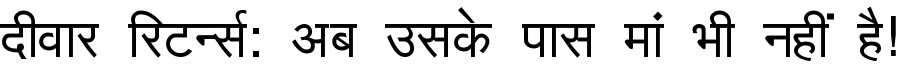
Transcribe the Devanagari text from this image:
दीवार रिटर्न्स: अब उसके पास मां भी नहीं है!